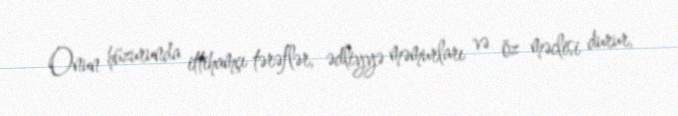
Onun hüzurunda ittihamçı tərəflər, ədliyyə məmurları və öz məclisi durur,